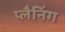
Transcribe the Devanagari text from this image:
प्लैनिंग